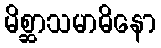
မိစ္ဆာသမာဓိနော